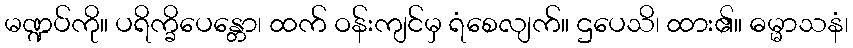
မဏ္ဍပ်ကို။ ပရိက္ခိပေန္တော၊ ထက် ဝန်းကျင်မှ ရံစေလျက်။ ဌပေသိ၊ ထား၏။ ဓမ္မာသနံ၊